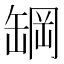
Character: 罁